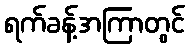
ရက်ခန့်အကြာတွင်